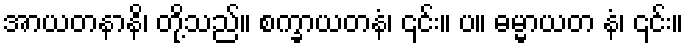
အာယတနာနိ၊ တို့သည်။ စက္ခာယတနံ၊ ၎င်း။ ပ။ ဓမ္မာယတ နံ၊ ၎င်း။